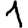
Digit: 1